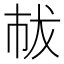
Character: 𢂤